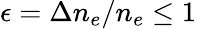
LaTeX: \epsilon=\Delta n_{e}/n_{e}\leq 1